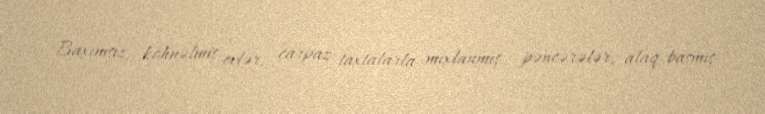
Baxımsız, köhnəlmiş evlər, çarpaz taxtalarla mıxlanmış pəncərələr, alaq basmış